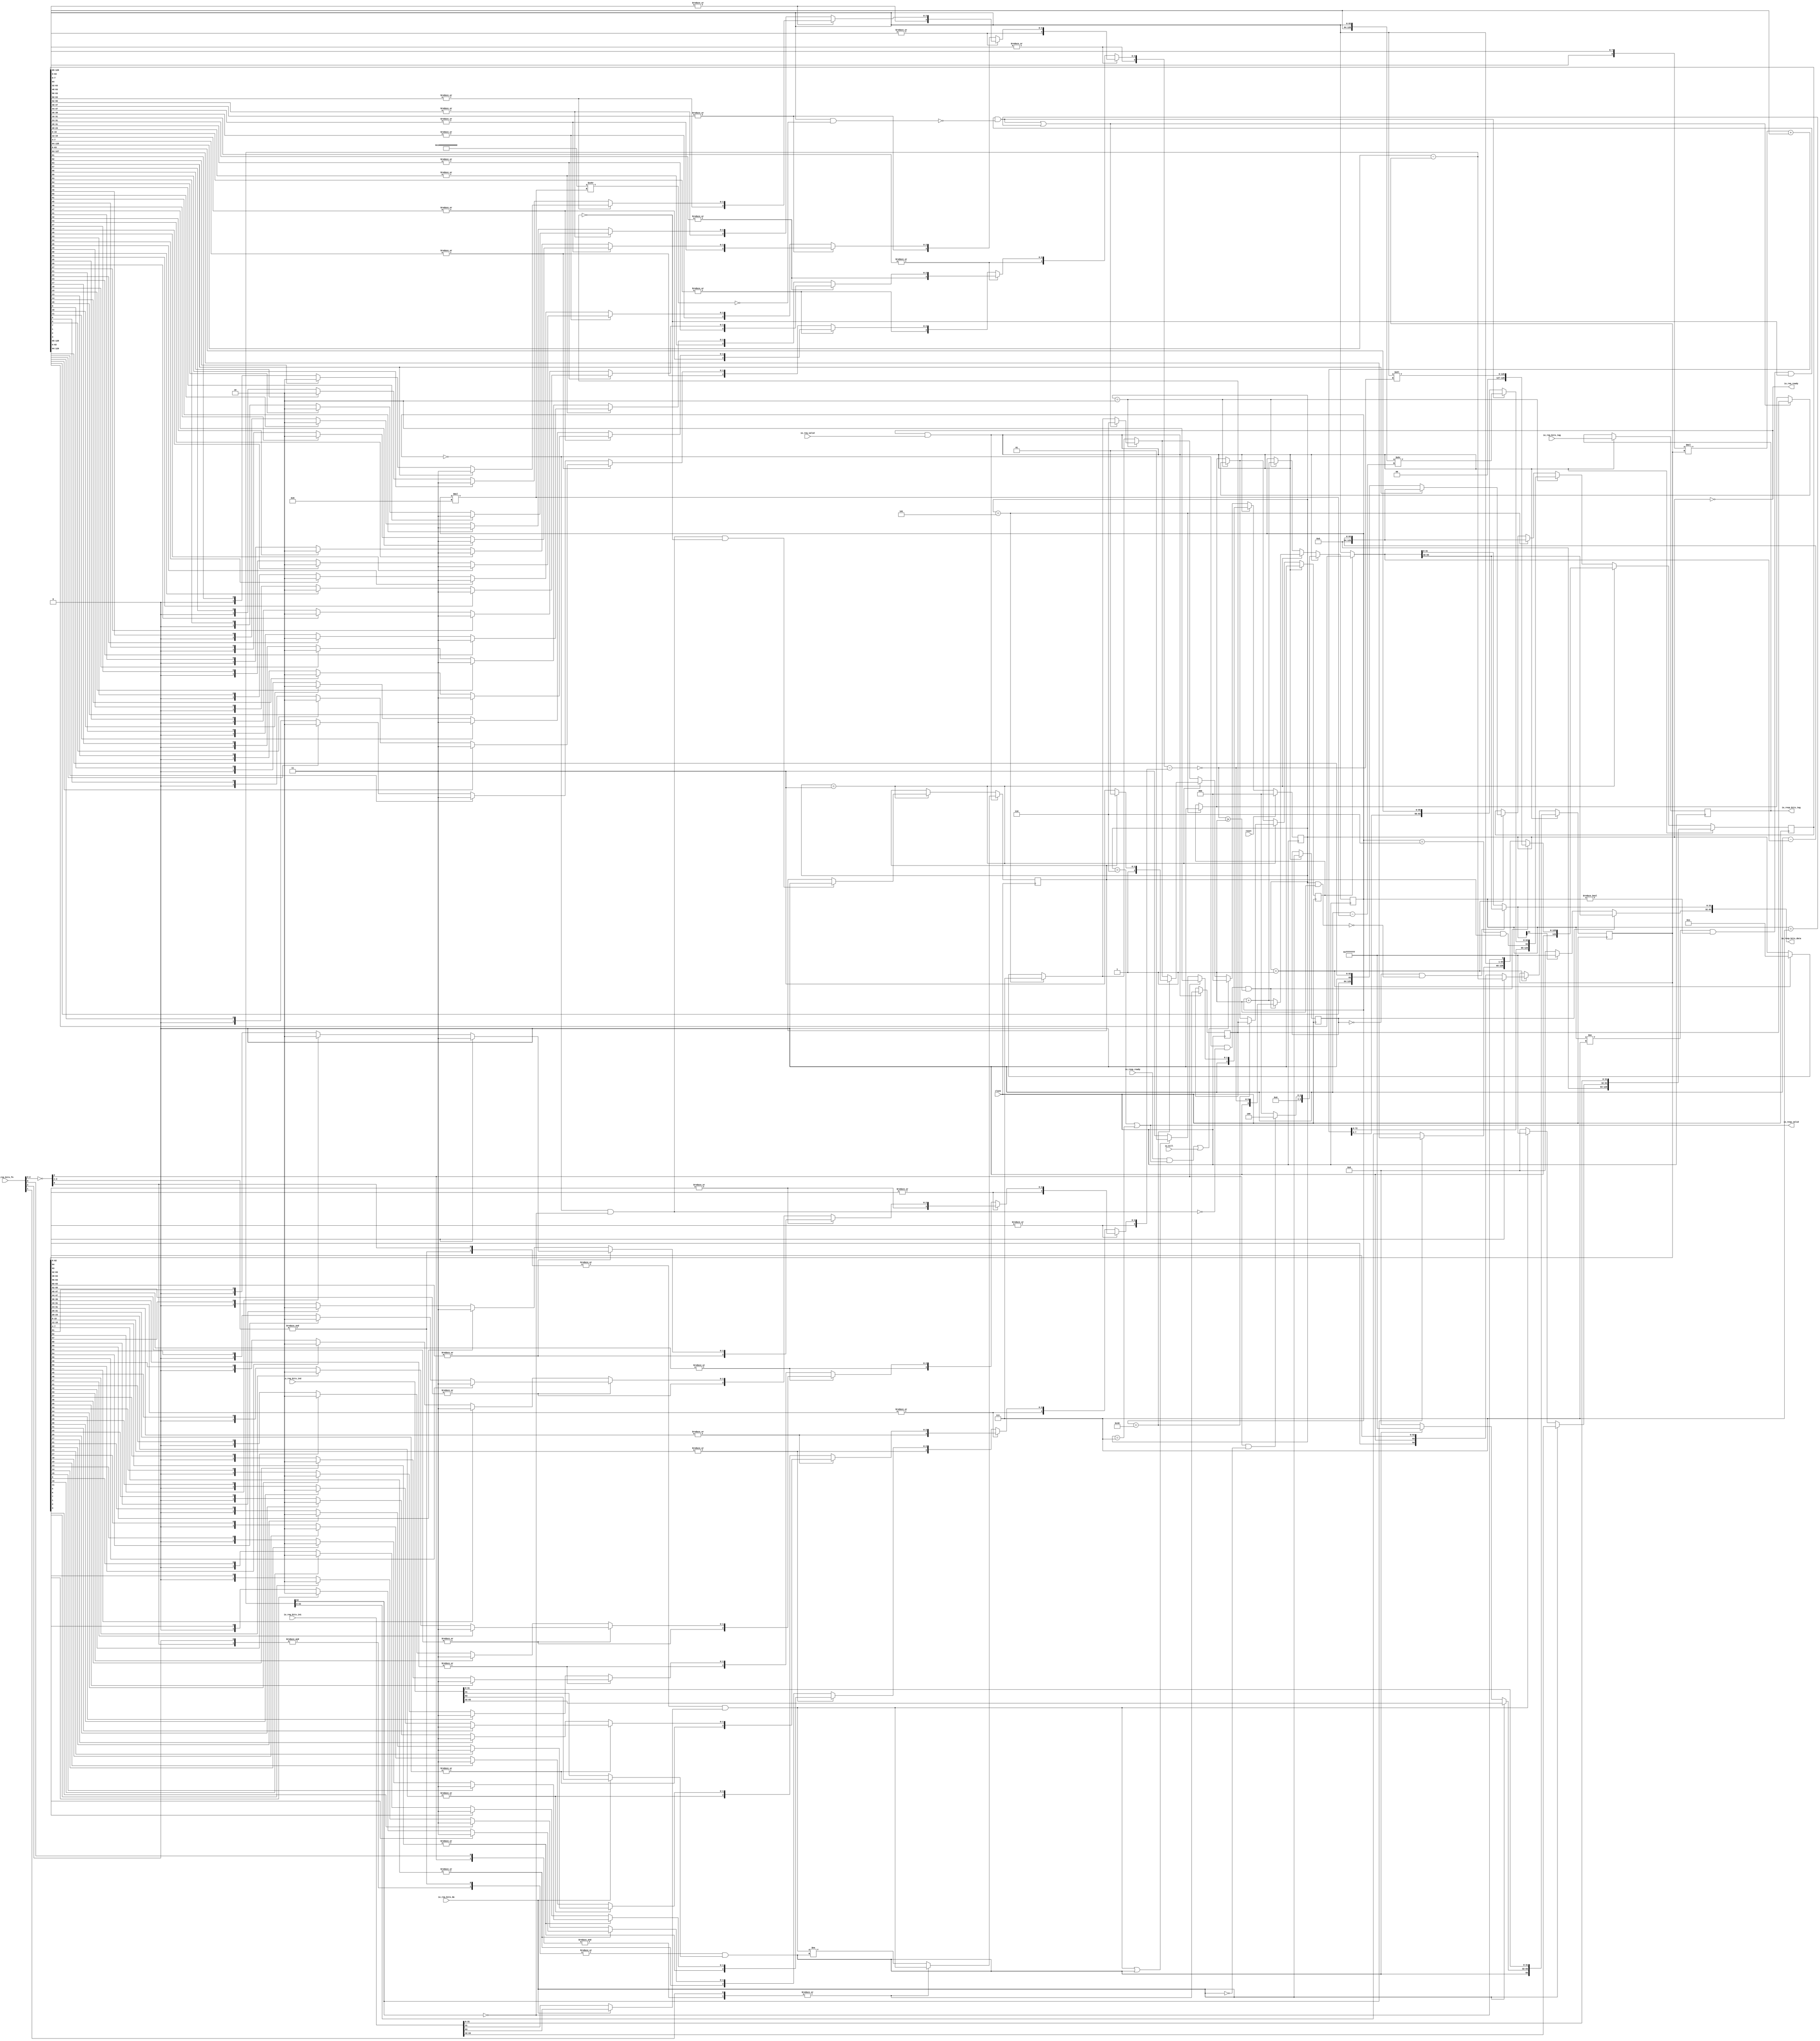
module MulDiv(
  input         clock,
  input         reset,
  output        io_req_ready,
  input         io_req_valid,
  input  [3:0]  io_req_bits_fn,
  input         io_req_bits_dw,
  input  [63:0] io_req_bits_in1,
  input  [63:0] io_req_bits_in2,
  input  [4:0]  io_req_bits_tag,
  input         io_kill,
  input         io_resp_ready,
  output        io_resp_valid,
  output [63:0] io_resp_bits_data,
  output [4:0]  io_resp_bits_tag
);
`ifdef RANDOMIZE_REG_INIT
  reg [31:0] _RAND_0;
  reg [31:0] _RAND_1;
  reg [31:0] _RAND_2;
  reg [31:0] _RAND_3;
  reg [31:0] _RAND_4;
  reg [31:0] _RAND_5;
  reg [31:0] _RAND_6;
  reg [95:0] _RAND_7;
  reg [159:0] _RAND_8;
`endif // RANDOMIZE_REG_INIT
  reg [2:0] state; // @[Multiplier.scala 50:22]
  reg  req_dw; // @[Multiplier.scala 52:16]
  reg [4:0] req_tag; // @[Multiplier.scala 52:16]
  reg [6:0] count; // @[Multiplier.scala 53:18]
  reg  neg_out; // @[Multiplier.scala 56:20]
  reg  isHi; // @[Multiplier.scala 57:17]
  reg  resHi; // @[Multiplier.scala 58:18]
  reg [64:0] divisor; // @[Multiplier.scala 59:20]
  reg [129:0] remainder; // @[Multiplier.scala 60:22]
  wire [2:0] decoded_plaInput = io_req_bits_fn[2:0]; // @[decoder.scala 38:16 pla.scala 77:22]
  wire [2:0] decoded_invInputs = ~decoded_plaInput; // @[pla.scala 78:21]
  wire  decoded_andMatrixInput_0 = decoded_invInputs[0]; // @[pla.scala 91:29]
  wire  _decoded_T = &decoded_andMatrixInput_0; // @[pla.scala 98:74]
  wire  decoded_andMatrixInput_0_1 = decoded_invInputs[2]; // @[pla.scala 91:29]
  wire  _decoded_T_1 = &decoded_andMatrixInput_0_1; // @[pla.scala 98:74]
  wire  decoded_andMatrixInput_0_2 = decoded_invInputs[1]; // @[pla.scala 91:29]
  wire [1:0] _decoded_T_2 = {decoded_andMatrixInput_0_2,decoded_andMatrixInput_0_1}; // @[Cat.scala 31:58]
  wire  _decoded_T_3 = &_decoded_T_2; // @[pla.scala 98:74]
  wire  decoded_andMatrixInput_0_3 = decoded_plaInput[0]; // @[pla.scala 90:45]
  wire [1:0] _decoded_T_4 = {decoded_andMatrixInput_0_3,decoded_andMatrixInput_0_1}; // @[Cat.scala 31:58]
  wire  _decoded_T_5 = &_decoded_T_4; // @[pla.scala 98:74]
  wire  decoded_andMatrixInput_0_4 = decoded_plaInput[1]; // @[pla.scala 90:45]
  wire  _decoded_T_6 = &decoded_andMatrixInput_0_4; // @[pla.scala 98:74]
  wire  decoded_andMatrixInput_1_2 = decoded_plaInput[2]; // @[pla.scala 90:45]
  wire [1:0] _decoded_T_7 = {decoded_andMatrixInput_0,decoded_andMatrixInput_1_2}; // @[Cat.scala 31:58]
  wire  _decoded_T_8 = &_decoded_T_7; // @[pla.scala 98:74]
  wire [1:0] _decoded_orMatrixOutputs_T = {_decoded_T_3,_decoded_T_8}; // @[Cat.scala 31:58]
  wire  _decoded_orMatrixOutputs_T_1 = |_decoded_orMatrixOutputs_T; // @[pla.scala 114:39]
  wire [1:0] _decoded_orMatrixOutputs_T_2 = {_decoded_T,_decoded_T_3}; // @[Cat.scala 31:58]
  wire  _decoded_orMatrixOutputs_T_3 = |_decoded_orMatrixOutputs_T_2; // @[pla.scala 114:39]
  wire [1:0] _decoded_orMatrixOutputs_T_4 = {_decoded_T_5,_decoded_T_6}; // @[Cat.scala 31:58]
  wire  _decoded_orMatrixOutputs_T_5 = |_decoded_orMatrixOutputs_T_4; // @[pla.scala 114:39]
  wire  _decoded_orMatrixOutputs_T_6 = |_decoded_T_1; // @[pla.scala 114:39]
  wire [3:0] decoded_orMatrixOutputs = {_decoded_orMatrixOutputs_T_6,_decoded_orMatrixOutputs_T_5,
    _decoded_orMatrixOutputs_T_3,_decoded_orMatrixOutputs_T_1}; // @[Cat.scala 31:58]
  wire [3:0] decoded_invMatrixOutputs = {decoded_orMatrixOutputs[3],decoded_orMatrixOutputs[2],decoded_orMatrixOutputs[1
    ],decoded_orMatrixOutputs[0]}; // @[Cat.scala 31:58]
  wire  cmdMul = decoded_invMatrixOutputs[3]; // @[Decode.scala 50:77]
  wire  cmdHi = decoded_invMatrixOutputs[2]; // @[Decode.scala 50:77]
  wire  lhsSigned = decoded_invMatrixOutputs[1]; // @[Decode.scala 50:77]
  wire  rhsSigned = decoded_invMatrixOutputs[0]; // @[Decode.scala 50:77]
  wire  _T_4 = ~io_req_bits_dw; // @[Multiplier.scala 77:60]
  wire  _sign_T_2 = _T_4 ? io_req_bits_in1[31] : io_req_bits_in1[63]; // @[Multiplier.scala 80:29]
  wire  lhs_sign = lhsSigned & _sign_T_2; // @[Multiplier.scala 80:23]
  wire [31:0] _hi_T_1 = lhs_sign ? 32'hffffffff : 32'h0; // @[Bitwise.scala 74:12]
  wire [31:0] hi = _T_4 ? _hi_T_1 : io_req_bits_in1[63:32]; // @[Multiplier.scala 81:17]
  wire [63:0] lhs_in = {hi,io_req_bits_in1[31:0]}; // @[Cat.scala 31:58]
  wire  _sign_T_5 = _T_4 ? io_req_bits_in2[31] : io_req_bits_in2[63]; // @[Multiplier.scala 80:29]
  wire  rhs_sign = rhsSigned & _sign_T_5; // @[Multiplier.scala 80:23]
  wire [31:0] _hi_T_4 = rhs_sign ? 32'hffffffff : 32'h0; // @[Bitwise.scala 74:12]
  wire [31:0] hi_1 = _T_4 ? _hi_T_4 : io_req_bits_in2[63:32]; // @[Multiplier.scala 81:17]
  wire [64:0] subtractor = remainder[128:64] - divisor; // @[Multiplier.scala 87:37]
  wire [63:0] result = resHi ? remainder[128:65] : remainder[63:0]; // @[Multiplier.scala 88:19]
  wire [63:0] negated_remainder = 64'h0 - result; // @[Multiplier.scala 89:27]
  wire [129:0] _GEN_0 = remainder[63] ? {{66'd0}, negated_remainder} : remainder; // @[Multiplier.scala 92:27 93:17 60:22]
  wire [129:0] _GEN_2 = state == 3'h1 ? _GEN_0 : remainder; // @[Multiplier.scala 60:22 91:57]
  wire [2:0] _GEN_4 = state == 3'h1 ? 3'h3 : state; // @[Multiplier.scala 91:57 98:11 50:22]
  wire [2:0] _GEN_6 = state == 3'h5 ? 3'h7 : _GEN_4; // @[Multiplier.scala 100:57 102:11]
  wire  _GEN_7 = state == 3'h5 ? 1'h0 : resHi; // @[Multiplier.scala 100:57 103:11 58:18]
  wire [128:0] mulReg = {remainder[129:65],remainder[63:0]}; // @[Cat.scala 31:58]
  wire  mplierSign = remainder[64]; // @[Multiplier.scala 107:31]
  wire [63:0] mplier = mulReg[63:0]; // @[Multiplier.scala 108:24]
  wire [64:0] accum = mulReg[128:64]; // @[Multiplier.scala 109:37]
  wire [8:0] _prod_T_2 = {mplierSign,mplier[7:0]}; // @[Multiplier.scala 111:60]
  wire [73:0] _prod_T_3 = $signed(_prod_T_2) * $signed(divisor); // @[Multiplier.scala 111:67]
  wire [73:0] _GEN_37 = {{9{accum[64]}},accum}; // @[Multiplier.scala 111:76]
  wire [73:0] nextMulReg_hi = $signed(_prod_T_3) + $signed(_GEN_37); // @[Cat.scala 31:58]
  wire [129:0] nextMulReg = {nextMulReg_hi,mplier[63:8]}; // @[Cat.scala 31:58]
  wire  nextMplierSign = count == 7'h6 & neg_out; // @[Multiplier.scala 113:57]
  wire [10:0] _eOutMask_T = count * 4'h8; // @[Multiplier.scala 115:54]
  wire [64:0] _eOutMask_T_2 = 65'sh10000000000000000 >>> _eOutMask_T[5:0]; // @[Multiplier.scala 115:44]
  wire [63:0] eOutMask = _eOutMask_T_2[63:0]; // @[Multiplier.scala 115:89]
  wire  _eOut_T_4 = ~isHi; // @[Multiplier.scala 117:7]
  wire  _eOut_T_5 = count != 7'h7 & count != 7'h0 & _eOut_T_4; // @[Multiplier.scala 116:85]
  wire [63:0] _eOut_T_6 = ~eOutMask; // @[Multiplier.scala 117:26]
  wire [63:0] _eOut_T_7 = mplier & _eOut_T_6; // @[Multiplier.scala 117:24]
  wire  eOut = _eOut_T_5 & _eOut_T_7 == 64'h0; // @[Multiplier.scala 117:13]
  wire [10:0] _eOutRes_T_2 = 11'h40 - _eOutMask_T; // @[Multiplier.scala 118:36]
  wire [128:0] eOutRes = mulReg >> _eOutRes_T_2[5:0]; // @[Multiplier.scala 118:27]
  wire [129:0] _nextMulReg1_T_1 = eOut ? {{1'd0}, eOutRes} : nextMulReg; // @[Multiplier.scala 119:55]
  wire [128:0] nextMulReg1 = {nextMulReg[128:64],_nextMulReg1_T_1[63:0]}; // @[Cat.scala 31:58]
  wire [129:0] _remainder_T_2 = {nextMulReg1[128:64],nextMplierSign,nextMulReg1[63:0]}; // @[Cat.scala 31:58]
  wire [6:0] _count_T_1 = count + 7'h1; // @[Multiplier.scala 122:20]
  wire [2:0] _GEN_8 = eOut | count == 7'h7 ? 3'h6 : _GEN_6; // @[Multiplier.scala 123:51 124:13]
  wire  _GEN_9 = eOut | count == 7'h7 ? isHi : _GEN_7; // @[Multiplier.scala 123:51 125:13]
  wire [2:0] _GEN_12 = state == 3'h2 ? _GEN_8 : _GEN_6; // @[Multiplier.scala 105:50]
  wire  _GEN_13 = state == 3'h2 ? _GEN_9 : _GEN_7; // @[Multiplier.scala 105:50]
  wire  unrolls_less = subtractor[64]; // @[Multiplier.scala 132:28]
  wire [63:0] _unrolls_T_2 = unrolls_less ? remainder[127:64] : subtractor[63:0]; // @[Multiplier.scala 133:14]
  wire  _unrolls_T_4 = ~unrolls_less; // @[Multiplier.scala 133:67]
  wire [128:0] unrolls_0 = {_unrolls_T_2,remainder[63:0],_unrolls_T_4}; // @[Cat.scala 31:58]
  wire [2:0] _state_T = neg_out ? 3'h5 : 3'h7; // @[Multiplier.scala 138:19]
  wire [2:0] _GEN_14 = count == 7'h40 ? _state_T : _GEN_12; // @[Multiplier.scala 137:38 138:13]
  wire  _divby0_T = count == 7'h0; // @[Multiplier.scala 145:24]
  wire  divby0 = count == 7'h0 & _unrolls_T_4; // @[Multiplier.scala 145:30]
  wire [31:0] divisorMSB_hi = divisor[63:32]; // @[CircuitMath.scala 35:17]
  wire [31:0] divisorMSB_lo = divisor[31:0]; // @[CircuitMath.scala 36:17]
  wire  divisorMSB_useHi = |divisorMSB_hi; // @[CircuitMath.scala 37:22]
  wire [15:0] divisorMSB_hi_1 = divisorMSB_hi[31:16]; // @[CircuitMath.scala 35:17]
  wire [15:0] divisorMSB_lo_1 = divisorMSB_hi[15:0]; // @[CircuitMath.scala 36:17]
  wire  divisorMSB_useHi_1 = |divisorMSB_hi_1; // @[CircuitMath.scala 37:22]
  wire [7:0] divisorMSB_hi_2 = divisorMSB_hi_1[15:8]; // @[CircuitMath.scala 35:17]
  wire [7:0] divisorMSB_lo_2 = divisorMSB_hi_1[7:0]; // @[CircuitMath.scala 36:17]
  wire  divisorMSB_useHi_2 = |divisorMSB_hi_2; // @[CircuitMath.scala 37:22]
  wire [3:0] divisorMSB_hi_3 = divisorMSB_hi_2[7:4]; // @[CircuitMath.scala 35:17]
  wire [3:0] divisorMSB_lo_3 = divisorMSB_hi_2[3:0]; // @[CircuitMath.scala 36:17]
  wire  divisorMSB_useHi_3 = |divisorMSB_hi_3; // @[CircuitMath.scala 37:22]
  wire [1:0] _divisorMSB_T_4 = divisorMSB_hi_3[2] ? 2'h2 : {{1'd0}, divisorMSB_hi_3[1]}; // @[CircuitMath.scala 32:10]
  wire [1:0] _divisorMSB_T_5 = divisorMSB_hi_3[3] ? 2'h3 : _divisorMSB_T_4; // @[CircuitMath.scala 32:10]
  wire [1:0] _divisorMSB_T_9 = divisorMSB_lo_3[2] ? 2'h2 : {{1'd0}, divisorMSB_lo_3[1]}; // @[CircuitMath.scala 32:10]
  wire [1:0] _divisorMSB_T_10 = divisorMSB_lo_3[3] ? 2'h3 : _divisorMSB_T_9; // @[CircuitMath.scala 32:10]
  wire [1:0] _divisorMSB_T_11 = divisorMSB_useHi_3 ? _divisorMSB_T_5 : _divisorMSB_T_10; // @[CircuitMath.scala 38:21]
  wire [2:0] _divisorMSB_T_12 = {divisorMSB_useHi_3,_divisorMSB_T_11}; // @[Cat.scala 31:58]
  wire [3:0] divisorMSB_hi_4 = divisorMSB_lo_2[7:4]; // @[CircuitMath.scala 35:17]
  wire [3:0] divisorMSB_lo_4 = divisorMSB_lo_2[3:0]; // @[CircuitMath.scala 36:17]
  wire  divisorMSB_useHi_4 = |divisorMSB_hi_4; // @[CircuitMath.scala 37:22]
  wire [1:0] _divisorMSB_T_16 = divisorMSB_hi_4[2] ? 2'h2 : {{1'd0}, divisorMSB_hi_4[1]}; // @[CircuitMath.scala 32:10]
  wire [1:0] _divisorMSB_T_17 = divisorMSB_hi_4[3] ? 2'h3 : _divisorMSB_T_16; // @[CircuitMath.scala 32:10]
  wire [1:0] _divisorMSB_T_21 = divisorMSB_lo_4[2] ? 2'h2 : {{1'd0}, divisorMSB_lo_4[1]}; // @[CircuitMath.scala 32:10]
  wire [1:0] _divisorMSB_T_22 = divisorMSB_lo_4[3] ? 2'h3 : _divisorMSB_T_21; // @[CircuitMath.scala 32:10]
  wire [1:0] _divisorMSB_T_23 = divisorMSB_useHi_4 ? _divisorMSB_T_17 : _divisorMSB_T_22; // @[CircuitMath.scala 38:21]
  wire [2:0] _divisorMSB_T_24 = {divisorMSB_useHi_4,_divisorMSB_T_23}; // @[Cat.scala 31:58]
  wire [2:0] _divisorMSB_T_25 = divisorMSB_useHi_2 ? _divisorMSB_T_12 : _divisorMSB_T_24; // @[CircuitMath.scala 38:21]
  wire [3:0] _divisorMSB_T_26 = {divisorMSB_useHi_2,_divisorMSB_T_25}; // @[Cat.scala 31:58]
  wire [7:0] divisorMSB_hi_5 = divisorMSB_lo_1[15:8]; // @[CircuitMath.scala 35:17]
  wire [7:0] divisorMSB_lo_5 = divisorMSB_lo_1[7:0]; // @[CircuitMath.scala 36:17]
  wire  divisorMSB_useHi_5 = |divisorMSB_hi_5; // @[CircuitMath.scala 37:22]
  wire [3:0] divisorMSB_hi_6 = divisorMSB_hi_5[7:4]; // @[CircuitMath.scala 35:17]
  wire [3:0] divisorMSB_lo_6 = divisorMSB_hi_5[3:0]; // @[CircuitMath.scala 36:17]
  wire  divisorMSB_useHi_6 = |divisorMSB_hi_6; // @[CircuitMath.scala 37:22]
  wire [1:0] _divisorMSB_T_30 = divisorMSB_hi_6[2] ? 2'h2 : {{1'd0}, divisorMSB_hi_6[1]}; // @[CircuitMath.scala 32:10]
  wire [1:0] _divisorMSB_T_31 = divisorMSB_hi_6[3] ? 2'h3 : _divisorMSB_T_30; // @[CircuitMath.scala 32:10]
  wire [1:0] _divisorMSB_T_35 = divisorMSB_lo_6[2] ? 2'h2 : {{1'd0}, divisorMSB_lo_6[1]}; // @[CircuitMath.scala 32:10]
  wire [1:0] _divisorMSB_T_36 = divisorMSB_lo_6[3] ? 2'h3 : _divisorMSB_T_35; // @[CircuitMath.scala 32:10]
  wire [1:0] _divisorMSB_T_37 = divisorMSB_useHi_6 ? _divisorMSB_T_31 : _divisorMSB_T_36; // @[CircuitMath.scala 38:21]
  wire [2:0] _divisorMSB_T_38 = {divisorMSB_useHi_6,_divisorMSB_T_37}; // @[Cat.scala 31:58]
  wire [3:0] divisorMSB_hi_7 = divisorMSB_lo_5[7:4]; // @[CircuitMath.scala 35:17]
  wire [3:0] divisorMSB_lo_7 = divisorMSB_lo_5[3:0]; // @[CircuitMath.scala 36:17]
  wire  divisorMSB_useHi_7 = |divisorMSB_hi_7; // @[CircuitMath.scala 37:22]
  wire [1:0] _divisorMSB_T_42 = divisorMSB_hi_7[2] ? 2'h2 : {{1'd0}, divisorMSB_hi_7[1]}; // @[CircuitMath.scala 32:10]
  wire [1:0] _divisorMSB_T_43 = divisorMSB_hi_7[3] ? 2'h3 : _divisorMSB_T_42; // @[CircuitMath.scala 32:10]
  wire [1:0] _divisorMSB_T_47 = divisorMSB_lo_7[2] ? 2'h2 : {{1'd0}, divisorMSB_lo_7[1]}; // @[CircuitMath.scala 32:10]
  wire [1:0] _divisorMSB_T_48 = divisorMSB_lo_7[3] ? 2'h3 : _divisorMSB_T_47; // @[CircuitMath.scala 32:10]
  wire [1:0] _divisorMSB_T_49 = divisorMSB_useHi_7 ? _divisorMSB_T_43 : _divisorMSB_T_48; // @[CircuitMath.scala 38:21]
  wire [2:0] _divisorMSB_T_50 = {divisorMSB_useHi_7,_divisorMSB_T_49}; // @[Cat.scala 31:58]
  wire [2:0] _divisorMSB_T_51 = divisorMSB_useHi_5 ? _divisorMSB_T_38 : _divisorMSB_T_50; // @[CircuitMath.scala 38:21]
  wire [3:0] _divisorMSB_T_52 = {divisorMSB_useHi_5,_divisorMSB_T_51}; // @[Cat.scala 31:58]
  wire [3:0] _divisorMSB_T_53 = divisorMSB_useHi_1 ? _divisorMSB_T_26 : _divisorMSB_T_52; // @[CircuitMath.scala 38:21]
  wire [4:0] _divisorMSB_T_54 = {divisorMSB_useHi_1,_divisorMSB_T_53}; // @[Cat.scala 31:58]
  wire [15:0] divisorMSB_hi_8 = divisorMSB_lo[31:16]; // @[CircuitMath.scala 35:17]
  wire [15:0] divisorMSB_lo_8 = divisorMSB_lo[15:0]; // @[CircuitMath.scala 36:17]
  wire  divisorMSB_useHi_8 = |divisorMSB_hi_8; // @[CircuitMath.scala 37:22]
  wire [7:0] divisorMSB_hi_9 = divisorMSB_hi_8[15:8]; // @[CircuitMath.scala 35:17]
  wire [7:0] divisorMSB_lo_9 = divisorMSB_hi_8[7:0]; // @[CircuitMath.scala 36:17]
  wire  divisorMSB_useHi_9 = |divisorMSB_hi_9; // @[CircuitMath.scala 37:22]
  wire [3:0] divisorMSB_hi_10 = divisorMSB_hi_9[7:4]; // @[CircuitMath.scala 35:17]
  wire [3:0] divisorMSB_lo_10 = divisorMSB_hi_9[3:0]; // @[CircuitMath.scala 36:17]
  wire  divisorMSB_useHi_10 = |divisorMSB_hi_10; // @[CircuitMath.scala 37:22]
  wire [1:0] _divisorMSB_T_58 = divisorMSB_hi_10[2] ? 2'h2 : {{1'd0}, divisorMSB_hi_10[1]}; // @[CircuitMath.scala 32:10]
  wire [1:0] _divisorMSB_T_59 = divisorMSB_hi_10[3] ? 2'h3 : _divisorMSB_T_58; // @[CircuitMath.scala 32:10]
  wire [1:0] _divisorMSB_T_63 = divisorMSB_lo_10[2] ? 2'h2 : {{1'd0}, divisorMSB_lo_10[1]}; // @[CircuitMath.scala 32:10]
  wire [1:0] _divisorMSB_T_64 = divisorMSB_lo_10[3] ? 2'h3 : _divisorMSB_T_63; // @[CircuitMath.scala 32:10]
  wire [1:0] _divisorMSB_T_65 = divisorMSB_useHi_10 ? _divisorMSB_T_59 : _divisorMSB_T_64; // @[CircuitMath.scala 38:21]
  wire [2:0] _divisorMSB_T_66 = {divisorMSB_useHi_10,_divisorMSB_T_65}; // @[Cat.scala 31:58]
  wire [3:0] divisorMSB_hi_11 = divisorMSB_lo_9[7:4]; // @[CircuitMath.scala 35:17]
  wire [3:0] divisorMSB_lo_11 = divisorMSB_lo_9[3:0]; // @[CircuitMath.scala 36:17]
  wire  divisorMSB_useHi_11 = |divisorMSB_hi_11; // @[CircuitMath.scala 37:22]
  wire [1:0] _divisorMSB_T_70 = divisorMSB_hi_11[2] ? 2'h2 : {{1'd0}, divisorMSB_hi_11[1]}; // @[CircuitMath.scala 32:10]
  wire [1:0] _divisorMSB_T_71 = divisorMSB_hi_11[3] ? 2'h3 : _divisorMSB_T_70; // @[CircuitMath.scala 32:10]
  wire [1:0] _divisorMSB_T_75 = divisorMSB_lo_11[2] ? 2'h2 : {{1'd0}, divisorMSB_lo_11[1]}; // @[CircuitMath.scala 32:10]
  wire [1:0] _divisorMSB_T_76 = divisorMSB_lo_11[3] ? 2'h3 : _divisorMSB_T_75; // @[CircuitMath.scala 32:10]
  wire [1:0] _divisorMSB_T_77 = divisorMSB_useHi_11 ? _divisorMSB_T_71 : _divisorMSB_T_76; // @[CircuitMath.scala 38:21]
  wire [2:0] _divisorMSB_T_78 = {divisorMSB_useHi_11,_divisorMSB_T_77}; // @[Cat.scala 31:58]
  wire [2:0] _divisorMSB_T_79 = divisorMSB_useHi_9 ? _divisorMSB_T_66 : _divisorMSB_T_78; // @[CircuitMath.scala 38:21]
  wire [3:0] _divisorMSB_T_80 = {divisorMSB_useHi_9,_divisorMSB_T_79}; // @[Cat.scala 31:58]
  wire [7:0] divisorMSB_hi_12 = divisorMSB_lo_8[15:8]; // @[CircuitMath.scala 35:17]
  wire [7:0] divisorMSB_lo_12 = divisorMSB_lo_8[7:0]; // @[CircuitMath.scala 36:17]
  wire  divisorMSB_useHi_12 = |divisorMSB_hi_12; // @[CircuitMath.scala 37:22]
  wire [3:0] divisorMSB_hi_13 = divisorMSB_hi_12[7:4]; // @[CircuitMath.scala 35:17]
  wire [3:0] divisorMSB_lo_13 = divisorMSB_hi_12[3:0]; // @[CircuitMath.scala 36:17]
  wire  divisorMSB_useHi_13 = |divisorMSB_hi_13; // @[CircuitMath.scala 37:22]
  wire [1:0] _divisorMSB_T_84 = divisorMSB_hi_13[2] ? 2'h2 : {{1'd0}, divisorMSB_hi_13[1]}; // @[CircuitMath.scala 32:10]
  wire [1:0] _divisorMSB_T_85 = divisorMSB_hi_13[3] ? 2'h3 : _divisorMSB_T_84; // @[CircuitMath.scala 32:10]
  wire [1:0] _divisorMSB_T_89 = divisorMSB_lo_13[2] ? 2'h2 : {{1'd0}, divisorMSB_lo_13[1]}; // @[CircuitMath.scala 32:10]
  wire [1:0] _divisorMSB_T_90 = divisorMSB_lo_13[3] ? 2'h3 : _divisorMSB_T_89; // @[CircuitMath.scala 32:10]
  wire [1:0] _divisorMSB_T_91 = divisorMSB_useHi_13 ? _divisorMSB_T_85 : _divisorMSB_T_90; // @[CircuitMath.scala 38:21]
  wire [2:0] _divisorMSB_T_92 = {divisorMSB_useHi_13,_divisorMSB_T_91}; // @[Cat.scala 31:58]
  wire [3:0] divisorMSB_hi_14 = divisorMSB_lo_12[7:4]; // @[CircuitMath.scala 35:17]
  wire [3:0] divisorMSB_lo_14 = divisorMSB_lo_12[3:0]; // @[CircuitMath.scala 36:17]
  wire  divisorMSB_useHi_14 = |divisorMSB_hi_14; // @[CircuitMath.scala 37:22]
  wire [1:0] _divisorMSB_T_96 = divisorMSB_hi_14[2] ? 2'h2 : {{1'd0}, divisorMSB_hi_14[1]}; // @[CircuitMath.scala 32:10]
  wire [1:0] _divisorMSB_T_97 = divisorMSB_hi_14[3] ? 2'h3 : _divisorMSB_T_96; // @[CircuitMath.scala 32:10]
  wire [1:0] _divisorMSB_T_101 = divisorMSB_lo_14[2] ? 2'h2 : {{1'd0}, divisorMSB_lo_14[1]}; // @[CircuitMath.scala 32:10]
  wire [1:0] _divisorMSB_T_102 = divisorMSB_lo_14[3] ? 2'h3 : _divisorMSB_T_101; // @[CircuitMath.scala 32:10]
  wire [1:0] _divisorMSB_T_103 = divisorMSB_useHi_14 ? _divisorMSB_T_97 : _divisorMSB_T_102; // @[CircuitMath.scala 38:21]
  wire [2:0] _divisorMSB_T_104 = {divisorMSB_useHi_14,_divisorMSB_T_103}; // @[Cat.scala 31:58]
  wire [2:0] _divisorMSB_T_105 = divisorMSB_useHi_12 ? _divisorMSB_T_92 : _divisorMSB_T_104; // @[CircuitMath.scala 38:21]
  wire [3:0] _divisorMSB_T_106 = {divisorMSB_useHi_12,_divisorMSB_T_105}; // @[Cat.scala 31:58]
  wire [3:0] _divisorMSB_T_107 = divisorMSB_useHi_8 ? _divisorMSB_T_80 : _divisorMSB_T_106; // @[CircuitMath.scala 38:21]
  wire [4:0] _divisorMSB_T_108 = {divisorMSB_useHi_8,_divisorMSB_T_107}; // @[Cat.scala 31:58]
  wire [4:0] _divisorMSB_T_109 = divisorMSB_useHi ? _divisorMSB_T_54 : _divisorMSB_T_108; // @[CircuitMath.scala 38:21]
  wire [5:0] divisorMSB = {divisorMSB_useHi,_divisorMSB_T_109}; // @[Cat.scala 31:58]
  wire [31:0] dividendMSB_hi = remainder[63:32]; // @[CircuitMath.scala 35:17]
  wire [31:0] dividendMSB_lo = remainder[31:0]; // @[CircuitMath.scala 36:17]
  wire  dividendMSB_useHi = |dividendMSB_hi; // @[CircuitMath.scala 37:22]
  wire [15:0] dividendMSB_hi_1 = dividendMSB_hi[31:16]; // @[CircuitMath.scala 35:17]
  wire [15:0] dividendMSB_lo_1 = dividendMSB_hi[15:0]; // @[CircuitMath.scala 36:17]
  wire  dividendMSB_useHi_1 = |dividendMSB_hi_1; // @[CircuitMath.scala 37:22]
  wire [7:0] dividendMSB_hi_2 = dividendMSB_hi_1[15:8]; // @[CircuitMath.scala 35:17]
  wire [7:0] dividendMSB_lo_2 = dividendMSB_hi_1[7:0]; // @[CircuitMath.scala 36:17]
  wire  dividendMSB_useHi_2 = |dividendMSB_hi_2; // @[CircuitMath.scala 37:22]
  wire [3:0] dividendMSB_hi_3 = dividendMSB_hi_2[7:4]; // @[CircuitMath.scala 35:17]
  wire [3:0] dividendMSB_lo_3 = dividendMSB_hi_2[3:0]; // @[CircuitMath.scala 36:17]
  wire  dividendMSB_useHi_3 = |dividendMSB_hi_3; // @[CircuitMath.scala 37:22]
  wire [1:0] _dividendMSB_T_4 = dividendMSB_hi_3[2] ? 2'h2 : {{1'd0}, dividendMSB_hi_3[1]}; // @[CircuitMath.scala 32:10]
  wire [1:0] _dividendMSB_T_5 = dividendMSB_hi_3[3] ? 2'h3 : _dividendMSB_T_4; // @[CircuitMath.scala 32:10]
  wire [1:0] _dividendMSB_T_9 = dividendMSB_lo_3[2] ? 2'h2 : {{1'd0}, dividendMSB_lo_3[1]}; // @[CircuitMath.scala 32:10]
  wire [1:0] _dividendMSB_T_10 = dividendMSB_lo_3[3] ? 2'h3 : _dividendMSB_T_9; // @[CircuitMath.scala 32:10]
  wire [1:0] _dividendMSB_T_11 = dividendMSB_useHi_3 ? _dividendMSB_T_5 : _dividendMSB_T_10; // @[CircuitMath.scala 38:21]
  wire [2:0] _dividendMSB_T_12 = {dividendMSB_useHi_3,_dividendMSB_T_11}; // @[Cat.scala 31:58]
  wire [3:0] dividendMSB_hi_4 = dividendMSB_lo_2[7:4]; // @[CircuitMath.scala 35:17]
  wire [3:0] dividendMSB_lo_4 = dividendMSB_lo_2[3:0]; // @[CircuitMath.scala 36:17]
  wire  dividendMSB_useHi_4 = |dividendMSB_hi_4; // @[CircuitMath.scala 37:22]
  wire [1:0] _dividendMSB_T_16 = dividendMSB_hi_4[2] ? 2'h2 : {{1'd0}, dividendMSB_hi_4[1]}; // @[CircuitMath.scala 32:10]
  wire [1:0] _dividendMSB_T_17 = dividendMSB_hi_4[3] ? 2'h3 : _dividendMSB_T_16; // @[CircuitMath.scala 32:10]
  wire [1:0] _dividendMSB_T_21 = dividendMSB_lo_4[2] ? 2'h2 : {{1'd0}, dividendMSB_lo_4[1]}; // @[CircuitMath.scala 32:10]
  wire [1:0] _dividendMSB_T_22 = dividendMSB_lo_4[3] ? 2'h3 : _dividendMSB_T_21; // @[CircuitMath.scala 32:10]
  wire [1:0] _dividendMSB_T_23 = dividendMSB_useHi_4 ? _dividendMSB_T_17 : _dividendMSB_T_22; // @[CircuitMath.scala 38:21]
  wire [2:0] _dividendMSB_T_24 = {dividendMSB_useHi_4,_dividendMSB_T_23}; // @[Cat.scala 31:58]
  wire [2:0] _dividendMSB_T_25 = dividendMSB_useHi_2 ? _dividendMSB_T_12 : _dividendMSB_T_24; // @[CircuitMath.scala 38:21]
  wire [3:0] _dividendMSB_T_26 = {dividendMSB_useHi_2,_dividendMSB_T_25}; // @[Cat.scala 31:58]
  wire [7:0] dividendMSB_hi_5 = dividendMSB_lo_1[15:8]; // @[CircuitMath.scala 35:17]
  wire [7:0] dividendMSB_lo_5 = dividendMSB_lo_1[7:0]; // @[CircuitMath.scala 36:17]
  wire  dividendMSB_useHi_5 = |dividendMSB_hi_5; // @[CircuitMath.scala 37:22]
  wire [3:0] dividendMSB_hi_6 = dividendMSB_hi_5[7:4]; // @[CircuitMath.scala 35:17]
  wire [3:0] dividendMSB_lo_6 = dividendMSB_hi_5[3:0]; // @[CircuitMath.scala 36:17]
  wire  dividendMSB_useHi_6 = |dividendMSB_hi_6; // @[CircuitMath.scala 37:22]
  wire [1:0] _dividendMSB_T_30 = dividendMSB_hi_6[2] ? 2'h2 : {{1'd0}, dividendMSB_hi_6[1]}; // @[CircuitMath.scala 32:10]
  wire [1:0] _dividendMSB_T_31 = dividendMSB_hi_6[3] ? 2'h3 : _dividendMSB_T_30; // @[CircuitMath.scala 32:10]
  wire [1:0] _dividendMSB_T_35 = dividendMSB_lo_6[2] ? 2'h2 : {{1'd0}, dividendMSB_lo_6[1]}; // @[CircuitMath.scala 32:10]
  wire [1:0] _dividendMSB_T_36 = dividendMSB_lo_6[3] ? 2'h3 : _dividendMSB_T_35; // @[CircuitMath.scala 32:10]
  wire [1:0] _dividendMSB_T_37 = dividendMSB_useHi_6 ? _dividendMSB_T_31 : _dividendMSB_T_36; // @[CircuitMath.scala 38:21]
  wire [2:0] _dividendMSB_T_38 = {dividendMSB_useHi_6,_dividendMSB_T_37}; // @[Cat.scala 31:58]
  wire [3:0] dividendMSB_hi_7 = dividendMSB_lo_5[7:4]; // @[CircuitMath.scala 35:17]
  wire [3:0] dividendMSB_lo_7 = dividendMSB_lo_5[3:0]; // @[CircuitMath.scala 36:17]
  wire  dividendMSB_useHi_7 = |dividendMSB_hi_7; // @[CircuitMath.scala 37:22]
  wire [1:0] _dividendMSB_T_42 = dividendMSB_hi_7[2] ? 2'h2 : {{1'd0}, dividendMSB_hi_7[1]}; // @[CircuitMath.scala 32:10]
  wire [1:0] _dividendMSB_T_43 = dividendMSB_hi_7[3] ? 2'h3 : _dividendMSB_T_42; // @[CircuitMath.scala 32:10]
  wire [1:0] _dividendMSB_T_47 = dividendMSB_lo_7[2] ? 2'h2 : {{1'd0}, dividendMSB_lo_7[1]}; // @[CircuitMath.scala 32:10]
  wire [1:0] _dividendMSB_T_48 = dividendMSB_lo_7[3] ? 2'h3 : _dividendMSB_T_47; // @[CircuitMath.scala 32:10]
  wire [1:0] _dividendMSB_T_49 = dividendMSB_useHi_7 ? _dividendMSB_T_43 : _dividendMSB_T_48; // @[CircuitMath.scala 38:21]
  wire [2:0] _dividendMSB_T_50 = {dividendMSB_useHi_7,_dividendMSB_T_49}; // @[Cat.scala 31:58]
  wire [2:0] _dividendMSB_T_51 = dividendMSB_useHi_5 ? _dividendMSB_T_38 : _dividendMSB_T_50; // @[CircuitMath.scala 38:21]
  wire [3:0] _dividendMSB_T_52 = {dividendMSB_useHi_5,_dividendMSB_T_51}; // @[Cat.scala 31:58]
  wire [3:0] _dividendMSB_T_53 = dividendMSB_useHi_1 ? _dividendMSB_T_26 : _dividendMSB_T_52; // @[CircuitMath.scala 38:21]
  wire [4:0] _dividendMSB_T_54 = {dividendMSB_useHi_1,_dividendMSB_T_53}; // @[Cat.scala 31:58]
  wire [15:0] dividendMSB_hi_8 = dividendMSB_lo[31:16]; // @[CircuitMath.scala 35:17]
  wire [15:0] dividendMSB_lo_8 = dividendMSB_lo[15:0]; // @[CircuitMath.scala 36:17]
  wire  dividendMSB_useHi_8 = |dividendMSB_hi_8; // @[CircuitMath.scala 37:22]
  wire [7:0] dividendMSB_hi_9 = dividendMSB_hi_8[15:8]; // @[CircuitMath.scala 35:17]
  wire [7:0] dividendMSB_lo_9 = dividendMSB_hi_8[7:0]; // @[CircuitMath.scala 36:17]
  wire  dividendMSB_useHi_9 = |dividendMSB_hi_9; // @[CircuitMath.scala 37:22]
  wire [3:0] dividendMSB_hi_10 = dividendMSB_hi_9[7:4]; // @[CircuitMath.scala 35:17]
  wire [3:0] dividendMSB_lo_10 = dividendMSB_hi_9[3:0]; // @[CircuitMath.scala 36:17]
  wire  dividendMSB_useHi_10 = |dividendMSB_hi_10; // @[CircuitMath.scala 37:22]
  wire [1:0] _dividendMSB_T_58 = dividendMSB_hi_10[2] ? 2'h2 : {{1'd0}, dividendMSB_hi_10[1]}; // @[CircuitMath.scala 32:10]
  wire [1:0] _dividendMSB_T_59 = dividendMSB_hi_10[3] ? 2'h3 : _dividendMSB_T_58; // @[CircuitMath.scala 32:10]
  wire [1:0] _dividendMSB_T_63 = dividendMSB_lo_10[2] ? 2'h2 : {{1'd0}, dividendMSB_lo_10[1]}; // @[CircuitMath.scala 32:10]
  wire [1:0] _dividendMSB_T_64 = dividendMSB_lo_10[3] ? 2'h3 : _dividendMSB_T_63; // @[CircuitMath.scala 32:10]
  wire [1:0] _dividendMSB_T_65 = dividendMSB_useHi_10 ? _dividendMSB_T_59 : _dividendMSB_T_64; // @[CircuitMath.scala 38:21]
  wire [2:0] _dividendMSB_T_66 = {dividendMSB_useHi_10,_dividendMSB_T_65}; // @[Cat.scala 31:58]
  wire [3:0] dividendMSB_hi_11 = dividendMSB_lo_9[7:4]; // @[CircuitMath.scala 35:17]
  wire [3:0] dividendMSB_lo_11 = dividendMSB_lo_9[3:0]; // @[CircuitMath.scala 36:17]
  wire  dividendMSB_useHi_11 = |dividendMSB_hi_11; // @[CircuitMath.scala 37:22]
  wire [1:0] _dividendMSB_T_70 = dividendMSB_hi_11[2] ? 2'h2 : {{1'd0}, dividendMSB_hi_11[1]}; // @[CircuitMath.scala 32:10]
  wire [1:0] _dividendMSB_T_71 = dividendMSB_hi_11[3] ? 2'h3 : _dividendMSB_T_70; // @[CircuitMath.scala 32:10]
  wire [1:0] _dividendMSB_T_75 = dividendMSB_lo_11[2] ? 2'h2 : {{1'd0}, dividendMSB_lo_11[1]}; // @[CircuitMath.scala 32:10]
  wire [1:0] _dividendMSB_T_76 = dividendMSB_lo_11[3] ? 2'h3 : _dividendMSB_T_75; // @[CircuitMath.scala 32:10]
  wire [1:0] _dividendMSB_T_77 = dividendMSB_useHi_11 ? _dividendMSB_T_71 : _dividendMSB_T_76; // @[CircuitMath.scala 38:21]
  wire [2:0] _dividendMSB_T_78 = {dividendMSB_useHi_11,_dividendMSB_T_77}; // @[Cat.scala 31:58]
  wire [2:0] _dividendMSB_T_79 = dividendMSB_useHi_9 ? _dividendMSB_T_66 : _dividendMSB_T_78; // @[CircuitMath.scala 38:21]
  wire [3:0] _dividendMSB_T_80 = {dividendMSB_useHi_9,_dividendMSB_T_79}; // @[Cat.scala 31:58]
  wire [7:0] dividendMSB_hi_12 = dividendMSB_lo_8[15:8]; // @[CircuitMath.scala 35:17]
  wire [7:0] dividendMSB_lo_12 = dividendMSB_lo_8[7:0]; // @[CircuitMath.scala 36:17]
  wire  dividendMSB_useHi_12 = |dividendMSB_hi_12; // @[CircuitMath.scala 37:22]
  wire [3:0] dividendMSB_hi_13 = dividendMSB_hi_12[7:4]; // @[CircuitMath.scala 35:17]
  wire [3:0] dividendMSB_lo_13 = dividendMSB_hi_12[3:0]; // @[CircuitMath.scala 36:17]
  wire  dividendMSB_useHi_13 = |dividendMSB_hi_13; // @[CircuitMath.scala 37:22]
  wire [1:0] _dividendMSB_T_84 = dividendMSB_hi_13[2] ? 2'h2 : {{1'd0}, dividendMSB_hi_13[1]}; // @[CircuitMath.scala 32:10]
  wire [1:0] _dividendMSB_T_85 = dividendMSB_hi_13[3] ? 2'h3 : _dividendMSB_T_84; // @[CircuitMath.scala 32:10]
  wire [1:0] _dividendMSB_T_89 = dividendMSB_lo_13[2] ? 2'h2 : {{1'd0}, dividendMSB_lo_13[1]}; // @[CircuitMath.scala 32:10]
  wire [1:0] _dividendMSB_T_90 = dividendMSB_lo_13[3] ? 2'h3 : _dividendMSB_T_89; // @[CircuitMath.scala 32:10]
  wire [1:0] _dividendMSB_T_91 = dividendMSB_useHi_13 ? _dividendMSB_T_85 : _dividendMSB_T_90; // @[CircuitMath.scala 38:21]
  wire [2:0] _dividendMSB_T_92 = {dividendMSB_useHi_13,_dividendMSB_T_91}; // @[Cat.scala 31:58]
  wire [3:0] dividendMSB_hi_14 = dividendMSB_lo_12[7:4]; // @[CircuitMath.scala 35:17]
  wire [3:0] dividendMSB_lo_14 = dividendMSB_lo_12[3:0]; // @[CircuitMath.scala 36:17]
  wire  dividendMSB_useHi_14 = |dividendMSB_hi_14; // @[CircuitMath.scala 37:22]
  wire [1:0] _dividendMSB_T_96 = dividendMSB_hi_14[2] ? 2'h2 : {{1'd0}, dividendMSB_hi_14[1]}; // @[CircuitMath.scala 32:10]
  wire [1:0] _dividendMSB_T_97 = dividendMSB_hi_14[3] ? 2'h3 : _dividendMSB_T_96; // @[CircuitMath.scala 32:10]
  wire [1:0] _dividendMSB_T_101 = dividendMSB_lo_14[2] ? 2'h2 : {{1'd0}, dividendMSB_lo_14[1]}; // @[CircuitMath.scala 32:10]
  wire [1:0] _dividendMSB_T_102 = dividendMSB_lo_14[3] ? 2'h3 : _dividendMSB_T_101; // @[CircuitMath.scala 32:10]
  wire [1:0] _dividendMSB_T_103 = dividendMSB_useHi_14 ? _dividendMSB_T_97 : _dividendMSB_T_102; // @[CircuitMath.scala 38:21]
  wire [2:0] _dividendMSB_T_104 = {dividendMSB_useHi_14,_dividendMSB_T_103}; // @[Cat.scala 31:58]
  wire [2:0] _dividendMSB_T_105 = dividendMSB_useHi_12 ? _dividendMSB_T_92 : _dividendMSB_T_104; // @[CircuitMath.scala 38:21]
  wire [3:0] _dividendMSB_T_106 = {dividendMSB_useHi_12,_dividendMSB_T_105}; // @[Cat.scala 31:58]
  wire [3:0] _dividendMSB_T_107 = dividendMSB_useHi_8 ? _dividendMSB_T_80 : _dividendMSB_T_106; // @[CircuitMath.scala 38:21]
  wire [4:0] _dividendMSB_T_108 = {dividendMSB_useHi_8,_dividendMSB_T_107}; // @[Cat.scala 31:58]
  wire [4:0] _dividendMSB_T_109 = dividendMSB_useHi ? _dividendMSB_T_54 : _dividendMSB_T_108; // @[CircuitMath.scala 38:21]
  wire [5:0] dividendMSB = {dividendMSB_useHi,_dividendMSB_T_109}; // @[Cat.scala 31:58]
  wire [5:0] _eOutPos_T_1 = dividendMSB - divisorMSB; // @[Multiplier.scala 151:35]
  wire [5:0] eOutPos = ~_eOutPos_T_1; // @[Multiplier.scala 151:21]
  wire  eOut_1 = _divby0_T & ~divby0 & eOutPos >= 6'h1; // @[Multiplier.scala 152:41]
  wire [126:0] _GEN_26 = {{63'd0}, remainder[63:0]}; // @[Multiplier.scala 154:39]
  wire [126:0] _remainder_T_4 = _GEN_26 << eOutPos; // @[Multiplier.scala 154:39]
  wire [128:0] _GEN_16 = eOut_1 ? {{2'd0}, _remainder_T_4} : unrolls_0; // @[Multiplier.scala 136:15 153:19 154:19]
  wire  _T_21 = io_resp_ready & io_resp_valid; // @[Decoupled.scala 50:35]
  wire  _T_23 = io_req_ready & io_req_valid; // @[Decoupled.scala 50:35]
  wire [2:0] _count_T_8 = cmdMul & _T_4 ? 3'h4 : 3'h0; // @[Multiplier.scala 167:38]
  wire [64:0] _divisor_T = {rhs_sign,hi_1,io_req_bits_in2[31:0]}; // @[Cat.scala 31:58]
  wire [2:0] _outMul_T_1 = state & 3'h1; // @[Multiplier.scala 174:23]
  wire  outMul = _outMul_T_1 == 3'h0; // @[Multiplier.scala 174:52]
  wire  _loOut_T = ~req_dw; // @[Multiplier.scala 77:60]
  wire [31:0] loOut = _loOut_T & outMul ? result[63:32] : result[31:0]; // @[Multiplier.scala 175:18]
  wire [31:0] _hiOut_T_4 = loOut[31] ? 32'hffffffff : 32'h0; // @[Bitwise.scala 74:12]
  wire [31:0] hiOut = _loOut_T ? _hiOut_T_4 : result[63:32]; // @[Multiplier.scala 176:18]
  assign io_req_ready = state == 3'h0; // @[Multiplier.scala 181:25]
  assign io_resp_valid = state == 3'h6 | state == 3'h7; // @[Multiplier.scala 180:42]
  assign io_resp_bits_data = {hiOut,loOut}; // @[Cat.scala 31:58]
  assign io_resp_bits_tag = req_tag; // @[Multiplier.scala 177:20]
  always @(posedge clock) begin
    if (reset) begin // @[Multiplier.scala 50:22]
      state <= 3'h0; // @[Multiplier.scala 50:22]
    end else if (_T_23) begin // @[Multiplier.scala 163:24]
      if (cmdMul) begin // @[Multiplier.scala 164:17]
        state <= 3'h2;
      end else if (lhs_sign | rhs_sign) begin // @[Multiplier.scala 164:36]
        state <= 3'h1;
      end else begin
        state <= 3'h3;
      end
    end else if (_T_21 | io_kill) begin // @[Multiplier.scala 160:36]
      state <= 3'h0; // @[Multiplier.scala 161:11]
    end else if (state == 3'h3) begin // @[Multiplier.scala 128:50]
      state <= _GEN_14;
    end else begin
      state <= _GEN_12;
    end
    if (_T_23) begin // @[Multiplier.scala 163:24]
      req_dw <= io_req_bits_dw; // @[Multiplier.scala 171:9]
    end
    if (_T_23) begin // @[Multiplier.scala 163:24]
      req_tag <= io_req_bits_tag; // @[Multiplier.scala 171:9]
    end
    if (_T_23) begin // @[Multiplier.scala 163:24]
      count <= {{4'd0}, _count_T_8}; // @[Multiplier.scala 167:11]
    end else if (state == 3'h3) begin // @[Multiplier.scala 128:50]
      if (eOut_1) begin // @[Multiplier.scala 153:19]
        count <= {{1'd0}, eOutPos}; // @[Multiplier.scala 155:15]
      end else begin
        count <= _count_T_1; // @[Multiplier.scala 143:11]
      end
    end else if (state == 3'h2) begin // @[Multiplier.scala 105:50]
      count <= _count_T_1; // @[Multiplier.scala 122:11]
    end
    if (_T_23) begin // @[Multiplier.scala 163:24]
      if (cmdHi) begin // @[Multiplier.scala 168:19]
        neg_out <= lhs_sign;
      end else begin
        neg_out <= lhs_sign != rhs_sign;
      end
    end else if (state == 3'h3) begin // @[Multiplier.scala 128:50]
      if (divby0 & _eOut_T_4) begin // @[Multiplier.scala 158:28]
        neg_out <= 1'h0; // @[Multiplier.scala 158:38]
      end
    end
    if (_T_23) begin // @[Multiplier.scala 163:24]
      isHi <= cmdHi; // @[Multiplier.scala 165:10]
    end
    if (_T_23) begin // @[Multiplier.scala 163:24]
      resHi <= 1'h0; // @[Multiplier.scala 166:11]
    end else if (state == 3'h3) begin // @[Multiplier.scala 128:50]
      if (count == 7'h40) begin // @[Multiplier.scala 137:38]
        resHi <= isHi; // @[Multiplier.scala 139:13]
      end else begin
        resHi <= _GEN_13;
      end
    end else begin
      resHi <= _GEN_13;
    end
    if (_T_23) begin // @[Multiplier.scala 163:24]
      divisor <= _divisor_T; // @[Multiplier.scala 169:13]
    end else if (state == 3'h1) begin // @[Multiplier.scala 91:57]
      if (divisor[63]) begin // @[Multiplier.scala 95:25]
        divisor <= subtractor; // @[Multiplier.scala 96:15]
      end
    end
    if (_T_23) begin // @[Multiplier.scala 163:24]
      remainder <= {{66'd0}, lhs_in}; // @[Multiplier.scala 170:15]
    end else if (state == 3'h3) begin // @[Multiplier.scala 128:50]
      remainder <= {{1'd0}, _GEN_16};
    end else if (state == 3'h2) begin // @[Multiplier.scala 105:50]
      remainder <= _remainder_T_2; // @[Multiplier.scala 120:15]
    end else if (state == 3'h5) begin // @[Multiplier.scala 100:57]
      remainder <= {{66'd0}, negated_remainder}; // @[Multiplier.scala 101:15]
    end else begin
      remainder <= _GEN_2;
    end
  end
// Register and memory initialization
`ifdef RANDOMIZE_GARBAGE_ASSIGN
`define RANDOMIZE
`endif
`ifdef RANDOMIZE_INVALID_ASSIGN
`define RANDOMIZE
`endif
`ifdef RANDOMIZE_REG_INIT
`define RANDOMIZE
`endif
`ifdef RANDOMIZE_MEM_INIT
`define RANDOMIZE
`endif
`ifndef RANDOM
`define RANDOM $random
`endif
`ifdef RANDOMIZE_MEM_INIT
  integer initvar;
`endif
`ifndef SYNTHESIS
`ifdef FIRRTL_BEFORE_INITIAL
`FIRRTL_BEFORE_INITIAL
`endif
initial begin
  `ifdef RANDOMIZE
    `ifdef INIT_RANDOM
      `INIT_RANDOM
    `endif
    `ifndef VERILATOR
      `ifdef RANDOMIZE_DELAY
        #`RANDOMIZE_DELAY begin end
      `else
        #0.002 begin end
      `endif
    `endif
`ifdef RANDOMIZE_REG_INIT
  _RAND_0 = {1{`RANDOM}};
  state = _RAND_0[2:0];
  _RAND_1 = {1{`RANDOM}};
  req_dw = _RAND_1[0:0];
  _RAND_2 = {1{`RANDOM}};
  req_tag = _RAND_2[4:0];
  _RAND_3 = {1{`RANDOM}};
  count = _RAND_3[6:0];
  _RAND_4 = {1{`RANDOM}};
  neg_out = _RAND_4[0:0];
  _RAND_5 = {1{`RANDOM}};
  isHi = _RAND_5[0:0];
  _RAND_6 = {1{`RANDOM}};
  resHi = _RAND_6[0:0];
  _RAND_7 = {3{`RANDOM}};
  divisor = _RAND_7[64:0];
  _RAND_8 = {5{`RANDOM}};
  remainder = _RAND_8[129:0];
`endif // RANDOMIZE_REG_INIT
  `endif // RANDOMIZE
end // initial
`ifdef FIRRTL_AFTER_INITIAL
`FIRRTL_AFTER_INITIAL
`endif
`endif // SYNTHESIS
endmodule